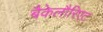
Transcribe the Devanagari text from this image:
बैकेलौरिएट